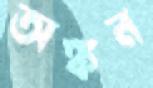
অঙ্কন